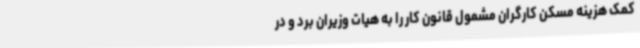
کمک هزینه مسکن کارگران مشمول قانون کار را به هیات وزیران برد و در